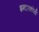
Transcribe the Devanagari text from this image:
इन्टरकोर्स